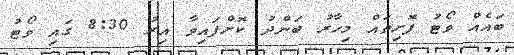
ބައެއް ވޯޓު ފޮށިތައް މިހާރު ބަންދު ކޮށްފައިވާ އިރު 8:30 ގައި ވޯޓު